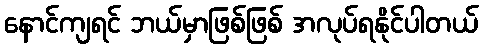
နောင်ကျရင် ဘယ်မှာဖြစ်ဖြစ် အလုပ်ရနိုင်ပါတယ်